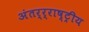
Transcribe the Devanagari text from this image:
अंतर्र्राष्‍ट्रीय